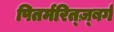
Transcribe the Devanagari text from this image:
पितर्मरित्ज़्बर्ग